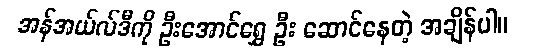
အန်အယ်လ်ဒီကို ဦးအောင်ရွှေ ဦး ဆောင်နေတဲ့ အချိန်ပါ။